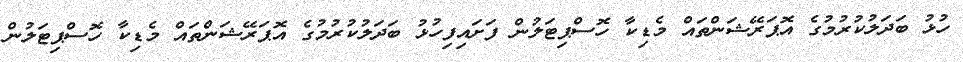
ހުޅު ބަދަލުކުރުމުގެ އޮޕަރޭޝަންތައް މެޑިކާ ހޮސްޕިޓަލުން ފަށައިފިހުޅު ބަދަލުކުރުމުގެ އޮޕަރޭޝަންތައް މެޑިކާ ހޮސްޕިޓަލުން